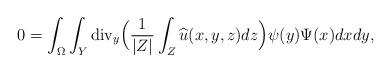
LaTeX: \begin{align*}0=\int_{\Omega}\int_{Y}\operatorname{div}_{y}\Bigl(\frac{1}{|Z|}\int_{Z}\widehat{u}(x,y,z)dz\Bigr)\psi(y)\Psi(x)dxdy,\end{align*}